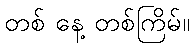
တစ် နေ့ တစ်ကြိမ်။